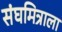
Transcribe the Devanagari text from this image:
संघमित्राला